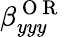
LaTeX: \beta_{yyy}^{\mathrm{~O~R~}}